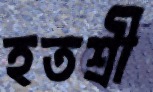
হতশ্রী